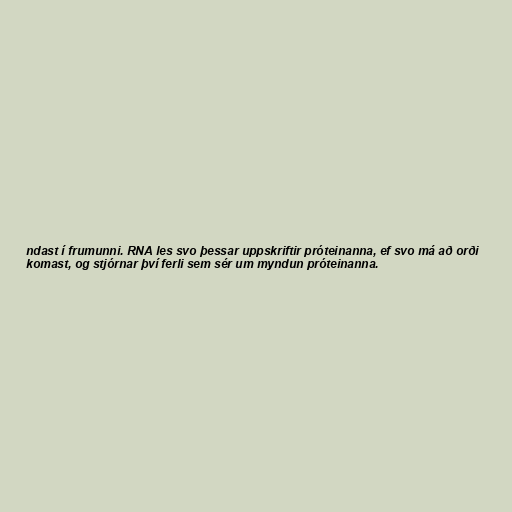
ndast í frumunni. RNA les svo þessar uppskriftir próteinanna, ef svo má að orði
komast, og stjórnar því ferli sem sér um myndun próteinanna.